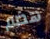
هضم